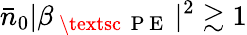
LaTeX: \bar{n}_{0}|\beta_{\mathrm{~\textsc~{~P~E~}~}}|^{2}\gtrsim 1